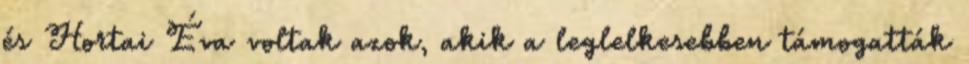
és Hortai Éva voltak azok, akik a leglelkesebben támogatták